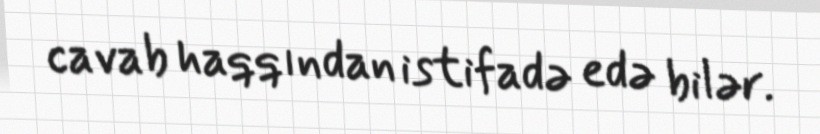
cavab haqqından istifadə edə bilər.